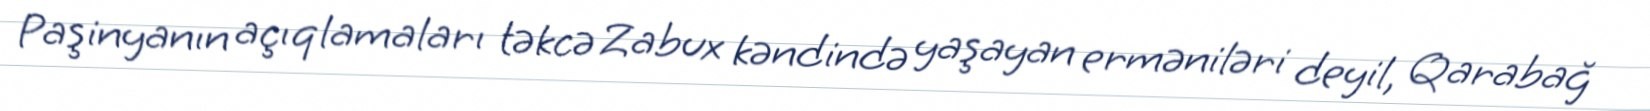
Paşinyanın açıqlamaları təkcə Zabux kəndində yaşayan erməniləri deyil, Qarabağ